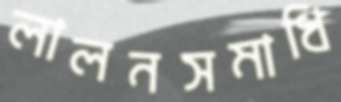
লালনসমাধি